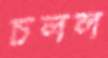
চলল